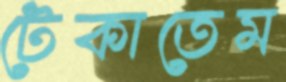
টেকাতেম